Civil Veterinary Dept. Assam report 1927-50 - 1927-1950
Year: 1927
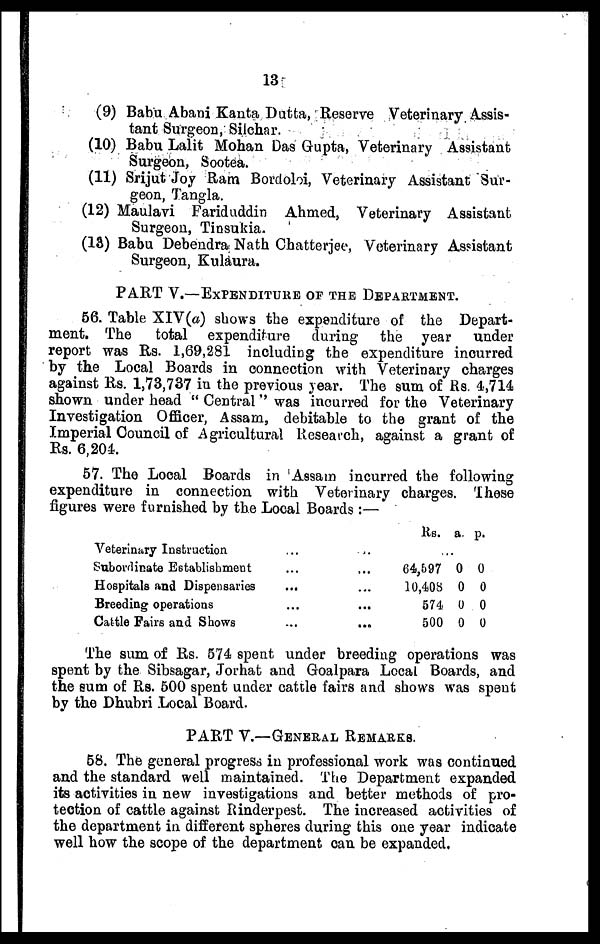
13
(9) Babu Abani Kanta Dutta, Reserve Veterinary Assis-
tant Surgeon, Silchar.
(10) Babu Lalit Mohan Das Gupta, Veterinary Assistant
Surgeon, Sootea.
(11) Srijut Joy Ram Borcloloi, Veterinary Assistant Sur-
geon, Tangla.
(12) Maulavi Fariduddin Ahmed, Veterinary Assistant
Surgeon, Tinsukia.
(18) Babu Debendra Nath Chatterjee, Veterinary Assistant
Surgeon, Kulaura.
PART V.––EXPENDITURE OF THE DEPARTMENT.
56. Table XIV(a) shows the expenditure of the Depart-
ment. The
total expenditure during the year
under
report was Rs. 1,69,281 including the expenditure incurred
by the Local Boards in connection with Veterinary charges
against Rs. 1,73,737 in the previous year. The sum of Rs. 4,714
shown under head "Central" was incurred for the Veterinary
Investigation Officer, Assam, debitable to the grant of the
Imperial Council of Agricultural Research, against a grant of
Rs. 6,204.
57. The Local Boards in Assam incurred the following
expenditure in connection with Veterinary charges. These
figures were furnished by the Local Boards :—
Veterinary Instruction
Subordinate Establishment
Hospitals and Dispensaries
Breeding operations
Cattle Fairs and Shows
...
...
...
...
...
..
...
...
...
...
Rs. a p.
64,597 0 0
10,408 0 0
574 0 0
500 0 0
The sum of Rs. 574 spent under breeding operations was
spent by the Sibsagar, Jorhat and Goalpara Local Boards, and
the sum of Rs. 500 spent under cattle fairs and shows was spent
by the Dhubri Local Board.
PART V.—GENERAL REMARKS.
58. The general progress in professional work was continued
and the standard well maintained. The Department expanded
its activities in new investigations and better methods of pro-
tection of cattle against Rinderpest. The increased activities of
the department in different spheres during this one year indicate
well how the scope of the department can be expanded.